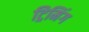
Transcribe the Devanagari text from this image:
ट्रिमिंग